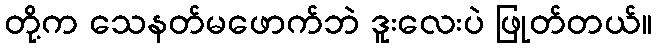
တို့က သေနတ်မဖောက်ဘဲ ဒူးလေးပဲ ဖြုတ်တယ်။